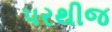
પરથીજ